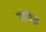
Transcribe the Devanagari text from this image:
नोगेज़